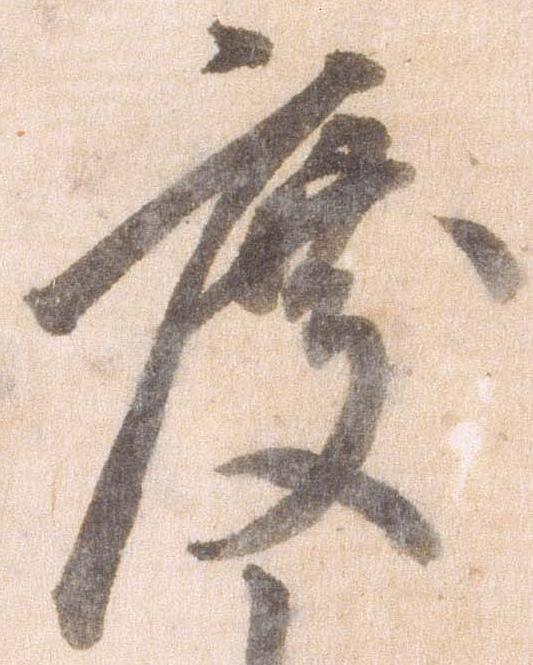
度